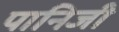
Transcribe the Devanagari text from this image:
पानिजी